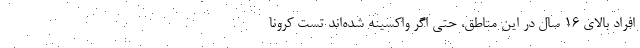
افراد بالای ۱۶ سال در این مناطق، حتی اگر واکسینه شده‌اند تست کرونا